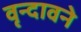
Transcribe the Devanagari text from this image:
वृन्दावने